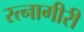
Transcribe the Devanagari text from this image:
रत्नागीरी